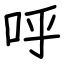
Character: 呼